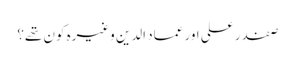
صفدر علی اور عماد الدین وغیرہ کون تھے؟